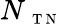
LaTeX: N_{\mathrm{~\scriptsize~T~N~}}